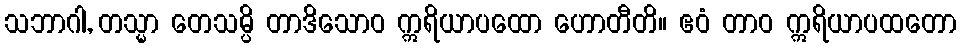
သဘာဂါ, တသ္မာ တေသမ္ပိ တာဒိသောဝ ဣရိယာပထော ဟောတီတိ။ ဧဝံ တာဝ ဣရိယာပထတော